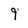
Character: 9